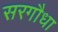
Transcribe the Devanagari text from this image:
सरगौधा